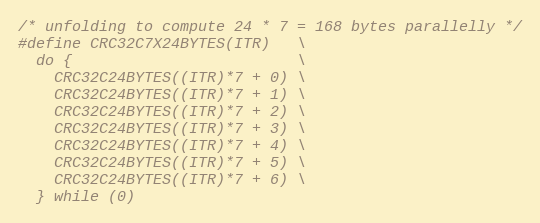
Language: C++
/* unfolding to compute 24 * 7 = 168 bytes parallelly */
#define CRC32C7X24BYTES(ITR)   \
  do {                         \
    CRC32C24BYTES((ITR)*7 + 0) \
    CRC32C24BYTES((ITR)*7 + 1) \
    CRC32C24BYTES((ITR)*7 + 2) \
    CRC32C24BYTES((ITR)*7 + 3) \
    CRC32C24BYTES((ITR)*7 + 4) \
    CRC32C24BYTES((ITR)*7 + 5) \
    CRC32C24BYTES((ITR)*7 + 6) \
  } while (0)